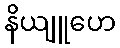
နိယျူဟေ